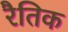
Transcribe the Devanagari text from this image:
रैतिक